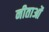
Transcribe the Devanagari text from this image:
नीताओं